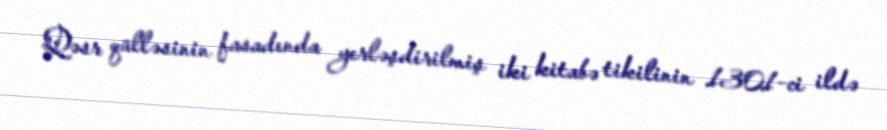
Qəsr qülləsinin fasadında yerləşdirilmiş iki kitabə tikilinin 1301-ci ildə